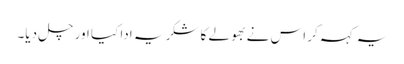
یہ کہہ کر اس نے بھولے کا شکریہ ادا کیا اور چل دیا۔